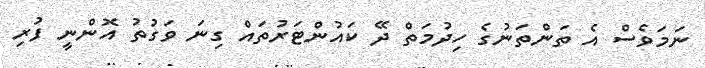
ނަމަވެސް އެ ތަންތަނުގެ ހިދުމަތް ދޭ ކައުންޓަރުތައް ގިނަ ވަގުތު އޮންނީ ފުރި